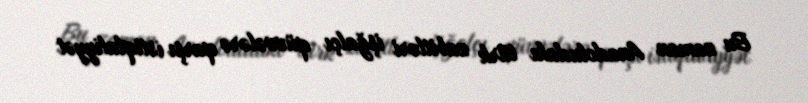
Bu zaman Anadoludakı türk zabitləri işğalçı qüvvələrə qarşı istiqlaliyyət